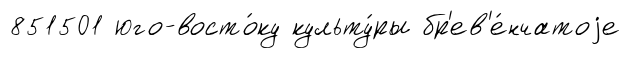
851501 юго-восто́ку культу́ры бр'ев'е́нчатоjе